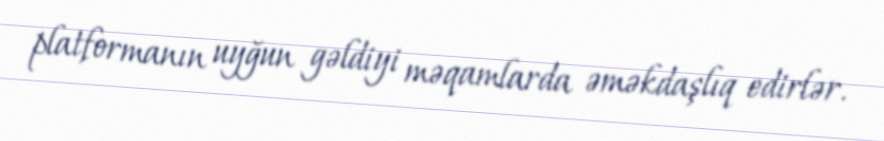
platformanın uyğun gəldiyi məqamlarda əməkdaşlıq edirlər.